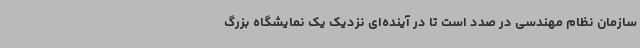
سازمان نظام مهندسی در صدد است تا در آینده‌ای نزدیک یک نمایشگاه بزرگ